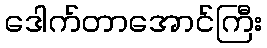
ဒေါက်တာအောင်ကြီး